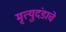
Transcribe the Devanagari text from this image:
मृत्युदंडाचे